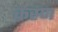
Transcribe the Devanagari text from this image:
कस्र्ण